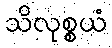
သိလုစ္စယံ